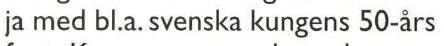
ja med bl.a. svenska kungens 50-års